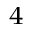
^ { 4 }